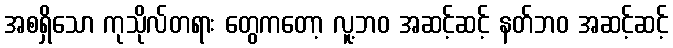
အစရှိသော ကုသိုလ်တရား တွေကတော့ လူ့ဘဝ အဆင့်ဆင့် နတ်ဘဝ အဆင့်ဆင့်